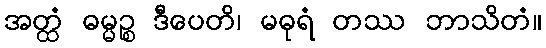
အတ္ထံ ဓမ္မဉ္စ ဒီပေတိ၊ မဓုရံ တဿ ဘာသိတံ။